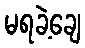
မရခဲ့ချေ